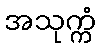
အသုက္ကံ